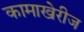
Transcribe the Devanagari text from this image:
कामाखेरीज